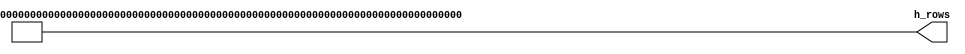
module mig_7series_v4_0_ecc_gen
  #(
    parameter CODE_WIDTH        = 72,
    parameter ECC_WIDTH         = 8,
    parameter DATA_WIDTH        = 64
   )
   (
  h_rows
  );
  function integer factorial (input integer i);
    integer index;
    if (i == 1) factorial = 1;
    else begin
      factorial = 1;
      for (index=2; index<=i; index=index+1)
        factorial = factorial * index;
    end
  endfunction 
  function integer combos (input integer n, k);
    combos = factorial(n)/(factorial(k)*factorial(n-k));
  endfunction 
  function [ECC_WIDTH-1:0] next_combo (input [ECC_WIDTH-1:0] i);
    integer index;
    integer dump_index;
    reg seen0;
    reg trig1;
    reg [ECC_WIDTH-1:0] ones;
    begin
      seen0 = 1'b0;
      trig1 = 1'b0;
      ones = 0;
      for (index=0; index<ECC_WIDTH; index=index+1)
        begin
          if (trig1) next_combo[index] = i[index];
          else begin
            next_combo[index] = 1'b0;
            ones = ones + i[index];
            if (i[index] && seen0) begin
              trig1 = 1'b1;
              for (dump_index=index-1; dump_index>=0;dump_index=dump_index-1)
                if (dump_index>=index-ones) next_combo[dump_index] = 1'b1;  
            end               
            seen0 = ~i[index];
          end 
        end            
    end 
  endfunction 
  wire [ECC_WIDTH-1:0] ht_matrix [CODE_WIDTH-1:0];
  output wire [CODE_WIDTH*ECC_WIDTH-1:0] h_rows;
  localparam COMBOS_3 = combos(ECC_WIDTH, 3);
  localparam COMBOS_5 = combos(ECC_WIDTH, 5);
  genvar n;
  genvar s;
  generate
    for (n=0; n<CODE_WIDTH; n=n+1) begin : ht
      if (n == 0)                
         assign ht_matrix[n] = {{3{1'b1}}, {ECC_WIDTH-3{1'b0}}};
      else if (n == COMBOS_3 && n < DATA_WIDTH)    
         assign ht_matrix[n] = {{5{1'b1}}, {ECC_WIDTH-5{1'b0}}};
      else if ((n == COMBOS_3+COMBOS_5) && n < DATA_WIDTH)    
         assign ht_matrix[n] = {{7{1'b1}}, {ECC_WIDTH-7{1'b0}}};
      else if (n == DATA_WIDTH)   
         assign ht_matrix[n] = {{1{1'b1}}, {ECC_WIDTH-1{1'b0}}};
      else assign ht_matrix[n] = next_combo(ht_matrix[n-1]);
      for (s=0; s<ECC_WIDTH; s=s+1) begin : h_row
        assign h_rows[s*CODE_WIDTH+n] = ht_matrix[n][s];
      end
    end
  endgenerate 
endmodule